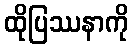
ထိုပြဿနာကို